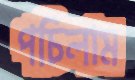
পচিলাম